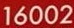
16002